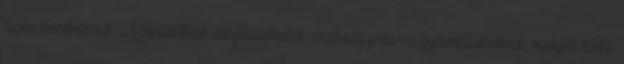
lapos őszibarack. A kínálatban megtalálhatók szabadgyökeres gyümölcsbokrok, melyek közé